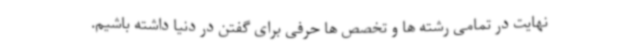
نهایت در تمامی رشته ها و تخصص ها حرفی برای گفتن در دنیا داشته باشیم.